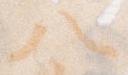
八